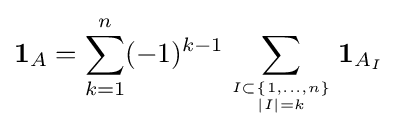
\mathbf {1} _{A}=\sum _{k=1}^{n}(-1)^{k-1}\sum _{I\subset \{1,\ldots ,n\} \atop |I|=k}\mathbf {1} _{A_{I}}